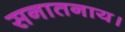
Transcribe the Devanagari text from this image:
सनातनाय।